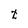
Character: t